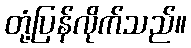
တုံ့ပြန်လိုက်သည်။